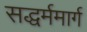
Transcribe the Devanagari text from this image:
सद्धर्ममार्ग